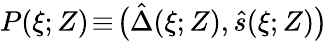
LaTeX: P(\xi;Z)\! \equiv\! \big(\hat{\Delta}(\xi;Z),\hat{s}(\xi;Z)\big)